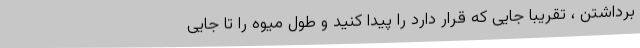
برداشتن ، تقریبا جایی که قرار دارد را پیدا کنید و طول میوه را تا جایی